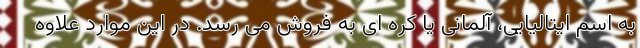
به اسم ایتالیایی، آلمانی یا کره ای به فروش می رسد. در این موارد علاوه